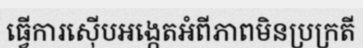
ធ្វើការស៊ើបអង្កេតអំពីភាពមិនប្រក្រតី